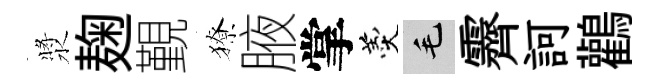
漿麹覲獠腋掌羹毛霽訶鸛